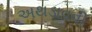
અથડાવવી